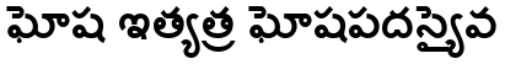
ఘోష ఇత్యత్ర ఘోషపదస్యైవ